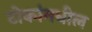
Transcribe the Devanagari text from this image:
टोकांमधील